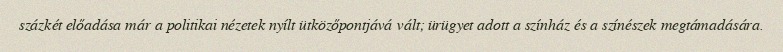
százkét előadása már a politikai nézetek nyílt ütközőpontjává vált; ürügyet adott a színház és a színészek megtámadására.